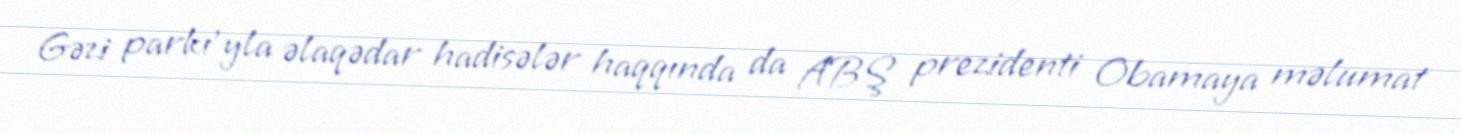
Gəzi parkı'yla əlaqədar hadisələr haqqında da ABŞ prezidenti Obamaya məlumat